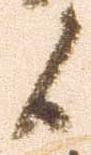
候